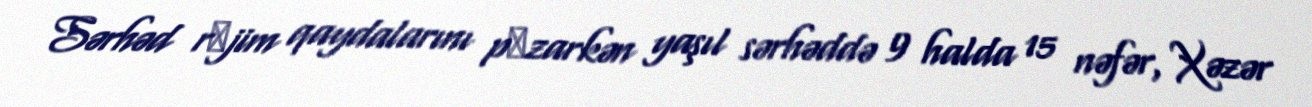
Sərhəd rеjim qaydalarını pоzarkən yaşıl sərhəddə 9 halda 15 nəfər, Xəzər